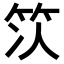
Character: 𫁴